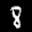
Label: 8